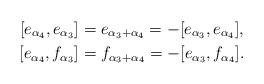
LaTeX: \begin{align*} [e_{\alpha_4},e_{\alpha_3}] &= e_{\alpha_3+\alpha_4} = -[e_{\alpha_3},e_{\alpha_4}],\\ [e_{\alpha_4},f_{\alpha_3}] &= f_{\alpha_3+\alpha_4} = -[e_{\alpha_3},f_{\alpha_4}]. \end{align*}